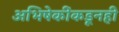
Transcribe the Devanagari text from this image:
अभिषेकींकडूनही